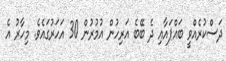
ދަސްކުރެއްވީ ބައްޕައާއި ދެ ބޭބެ އަރިހުން އުމުރުން 30 އަހަރުގައެވެ. މިހާރު އެ